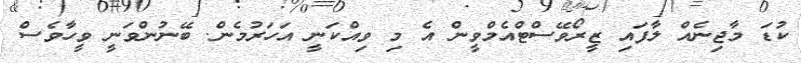
ކުޑަ މާޖިނެއް ލާފައި ޒީރޯވޭސްޓްއެމްވީން އެ މި ވިއްކަނީ އަހަރުމެން. ބޭނުންވަނީ ވީހާވެސް